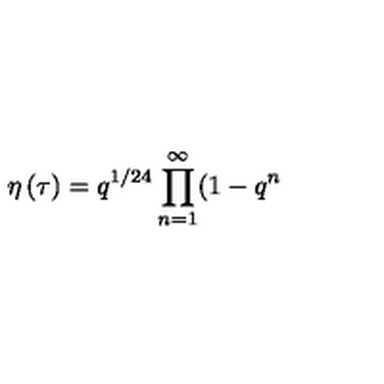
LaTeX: \eta \left( \tau \right) = q ^ { 1 / 2 4 } \prod _ { n = 1 } ^ { \infty } ( 1 - q ^ { n }